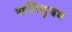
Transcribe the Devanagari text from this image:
यतिबृषभ